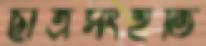
ছাত্রসংহতি